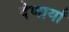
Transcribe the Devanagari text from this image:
देणार्यां